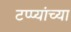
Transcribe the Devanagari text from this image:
टप्प्यांच्या